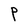
Character: P